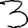
Digit: 3